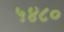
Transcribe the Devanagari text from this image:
५४८०